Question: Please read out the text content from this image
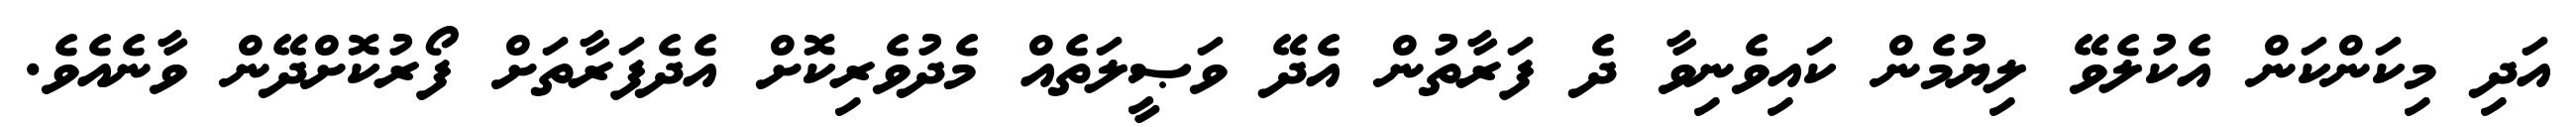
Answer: އަދި މިކަންކަން އެކުލެވޭ ލިޔުމެން ކައިވެނިވާ ދެ ފަރާތުން އެދޭ ވަޞީލަތެއް މެދުވެރިކޮށް އެދެފަރާތަށް ފޯރުކޮށްދޭން ވާނެއެވެ.